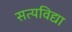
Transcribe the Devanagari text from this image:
सत्यविद्या